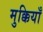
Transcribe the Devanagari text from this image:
मुक्कियाँ